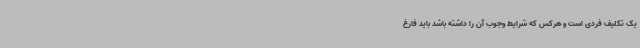
یک تکلیف فردی است و هرکس که شرایط وجوب آن را داشته باشد باید فارغ